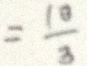
= \frac { 1 0 } { 3 }